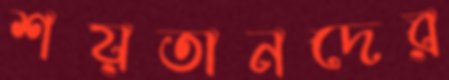
শয়তানদের